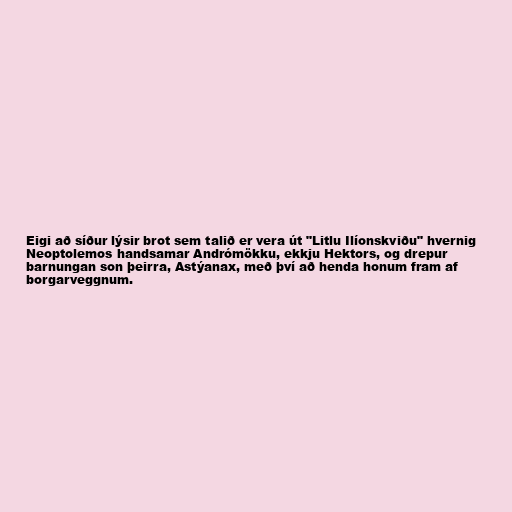
Eigi að síður lýsir brot sem talið er vera út "Litlu Ilíonskviðu" hvernig
Neoptolemos handsamar Andrómökku, ekkju Hektors, og drepur
barnungan son þeirra, Astýanax, með því að henda honum fram af
borgarveggnum.